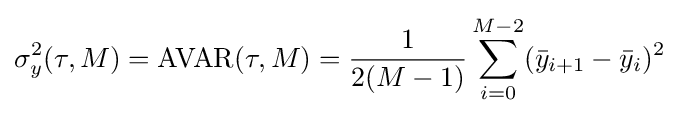
\sigma _{y}^{2}(\tau ,M)=\operatorname {AVAR} (\tau ,M)={\frac {1}{2(M-1)}}\sum _{i=0}^{M-2}({\bar {y}}_{i+1}-{\bar {y}}_{i})^{2}